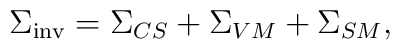
{\Sigma}_{\rm inv} = {\Sigma}_{CS} + {\Sigma}_{VM} +                    {\Sigma}_{SM},